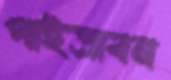
পাইত্রাবন